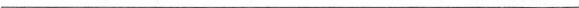
___